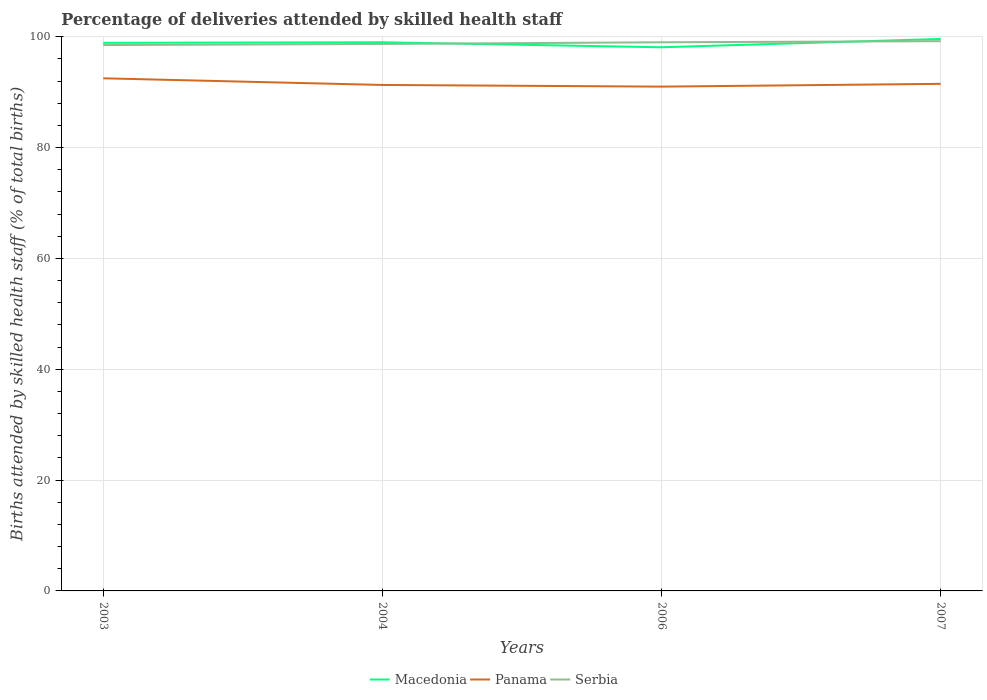
| Years | Macedonia | Panama | Serbia |
 | --- | --- | --- | --- |
 | 2003 | 98.9 | 92.5 | 98.5 |
 | 2004 | 99 | 91.3 | 98.7 |
 | 2006 | 98.1 | 91 | 99 |
 | 2007 | 99.6 | 91.5 | 99.2 |